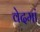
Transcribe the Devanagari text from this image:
वेदमां